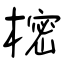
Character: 樒